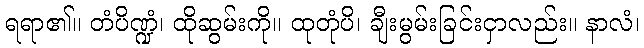
ရရာ၏။ တံပိဏ္ဍံ၊ ထိုဆွမ်းကို။ ထုတုံပိ၊ ချီးမွမ်းခြင်းငှာလည်း။ နာလံ၊